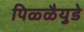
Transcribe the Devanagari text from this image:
पिळ्ळैयुडे